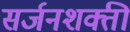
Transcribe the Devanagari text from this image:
सर्जनशक्ती